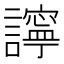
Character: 𧭈